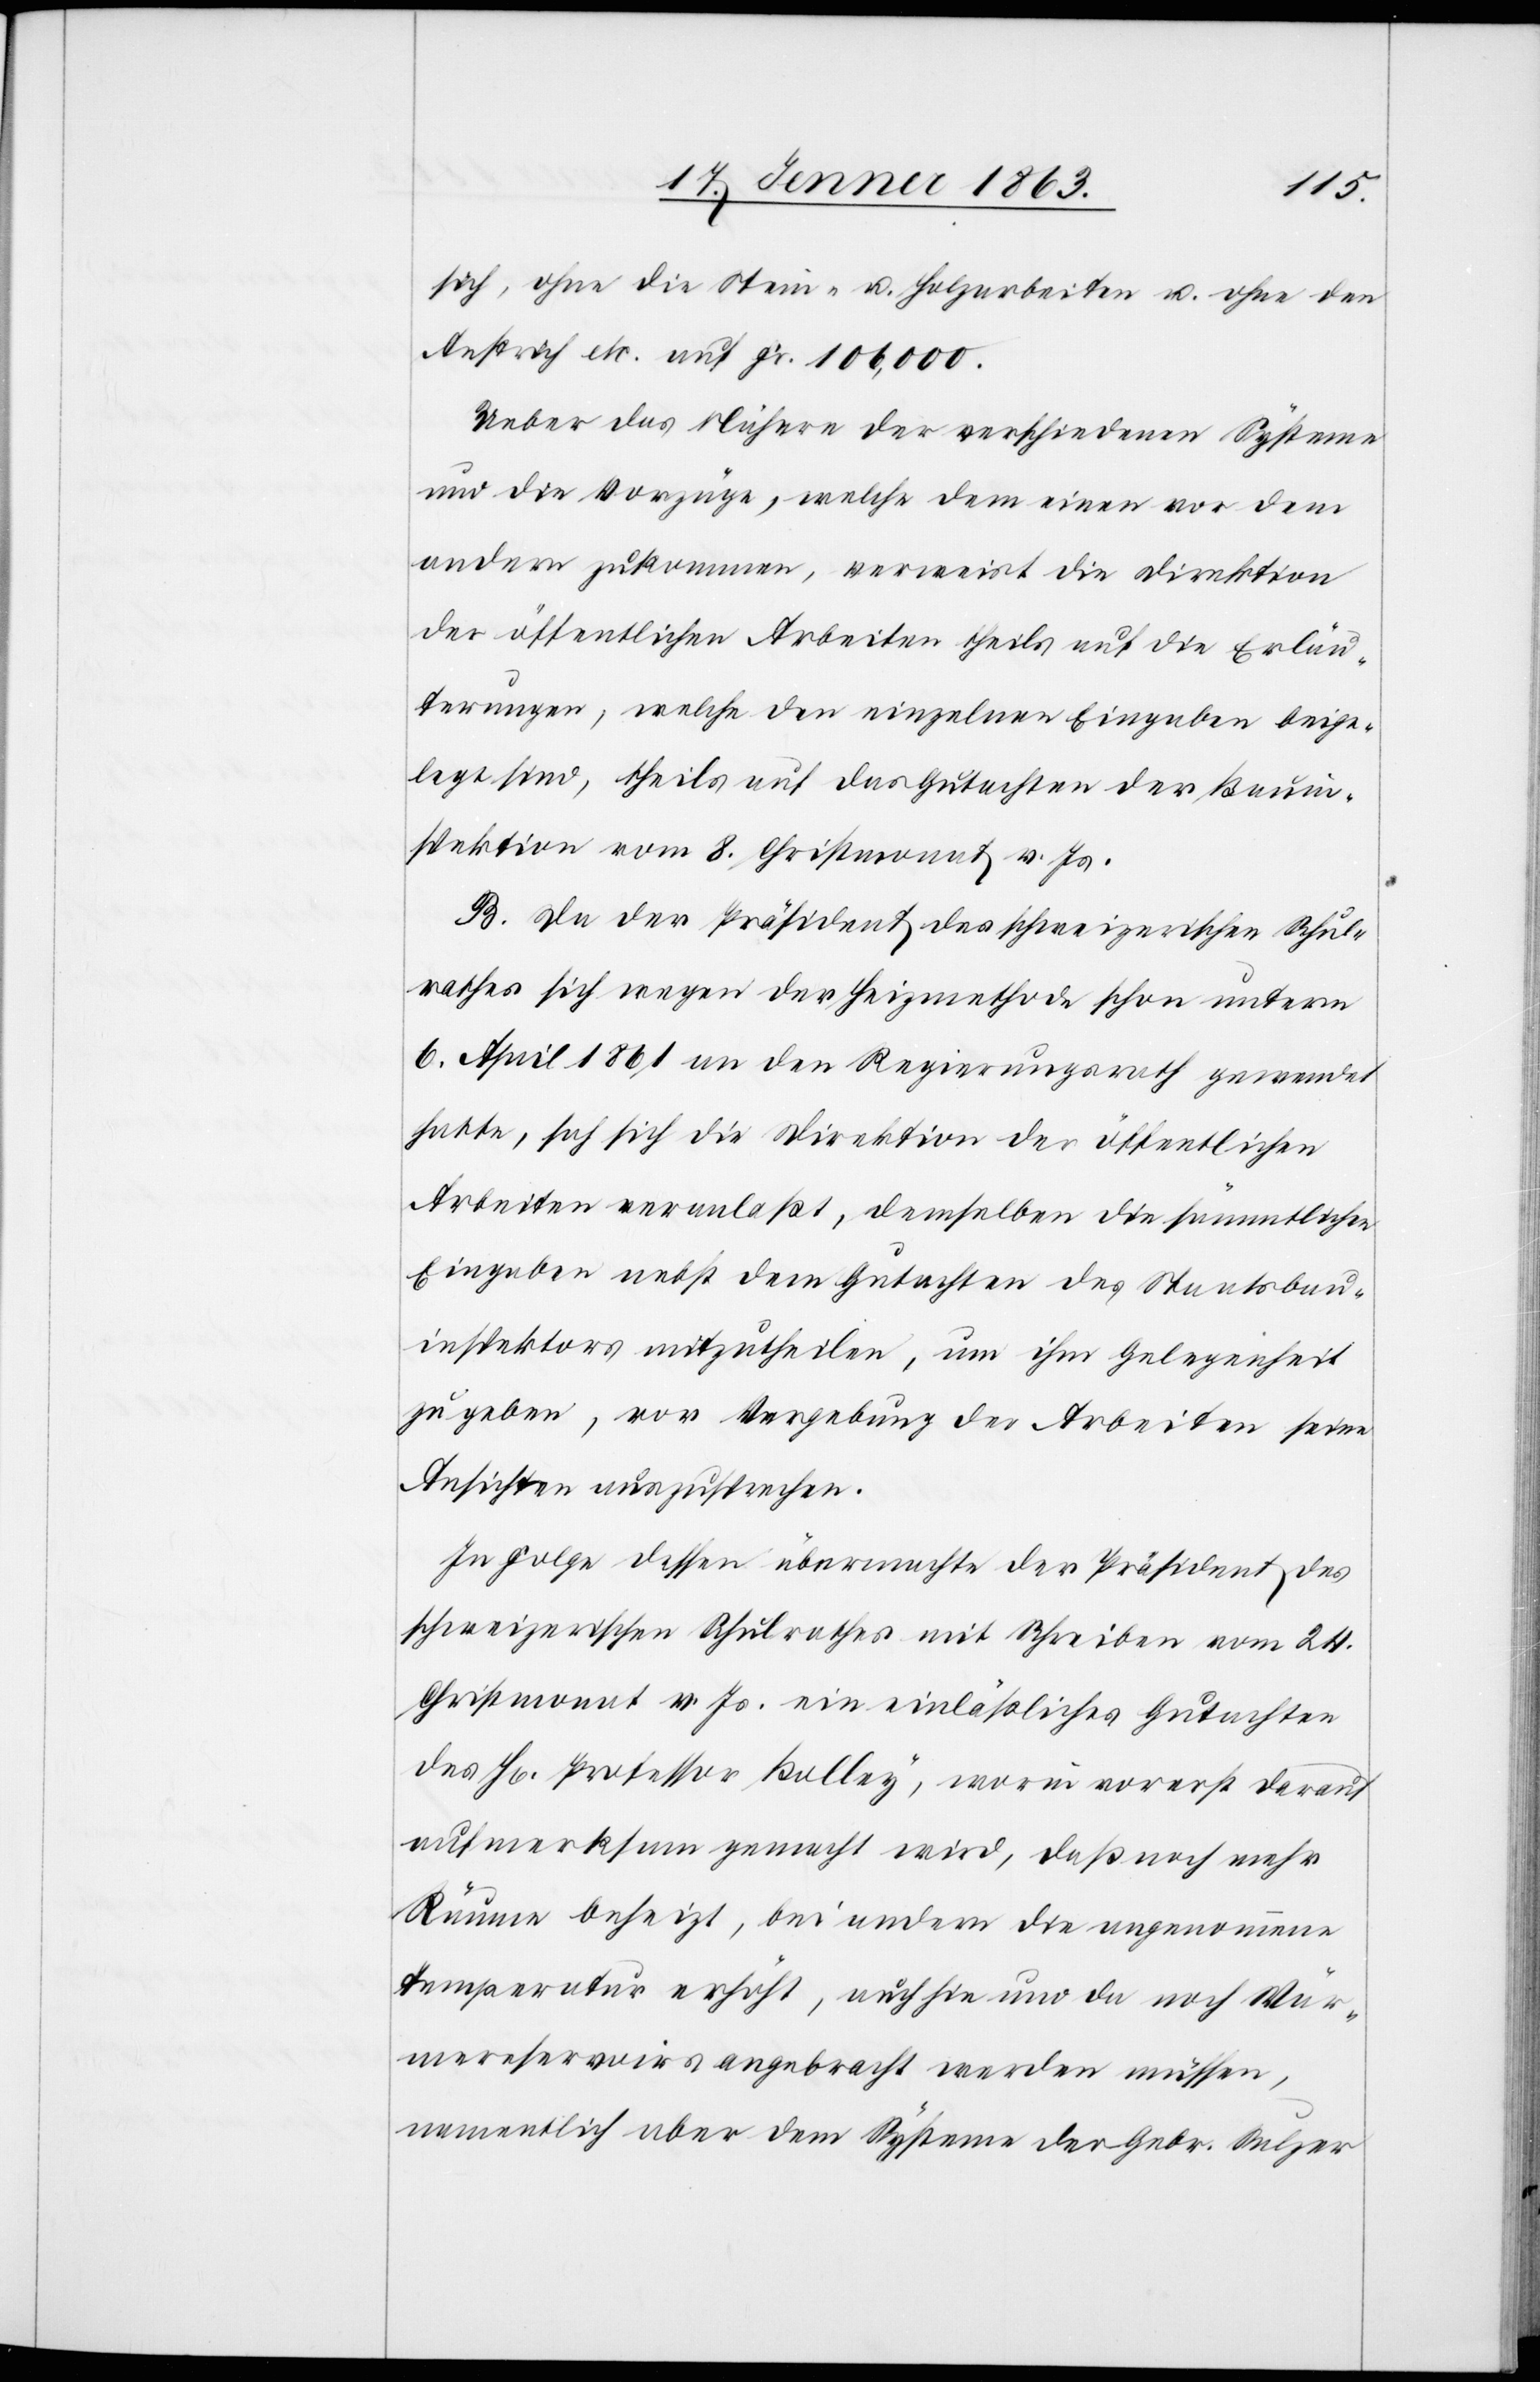
sich, ohne die Stein- u. Holzarbeiten u. ohne den
Anstrich etc. auf Fr. 106,000.
Ueber das Nähere der verschiedenen Systeme
und die Vorzüge, welche dem einen vor dem
andern zukommen, verweist die Direktion
der öffentlichen Arbeiten theils auf die Erläu¬
terungen, welche den einzelnen Eingaben beige¬
legt sind, theils auf das Gutachten der Bauin¬
spektion vom 8. Christmonat v. Js.
B. Da der Präsident des schweizerischen Schul¬
rathes sich wegen der Heizmethode schon unterm
6. April 1861 an den Regierungsrath gewendet
hatte, sah sich die Direktion der öffentlichen
Arbeiten veranlaßt, demselben die sämmtlichen
Eingaben nebst dem Gutachten des Staatsbau¬
inspektors mitzutheilen, um ihm Gelegenheit
zu geben, vor Vergebung der Arbeiten seine
Ansichten auszusprechen.
In Folge dessen übermachte der Präsident des
schweizerischen Schulrathes mit Schreiben vom 24.
Christmonat v. Js. ein einläßliches Gutachten
des H[errn] Professor Bolley, worin vorerst darauf
aufmerksam gemacht wird, daß noch mehr
Räume beheizt, bei andern die angenommene
Temperatur erhöht, auch hie und da noch Wär¬
mereservoirs angebracht werden müssen,
namentlich aber dem Systeme der Gebr. Sulzer